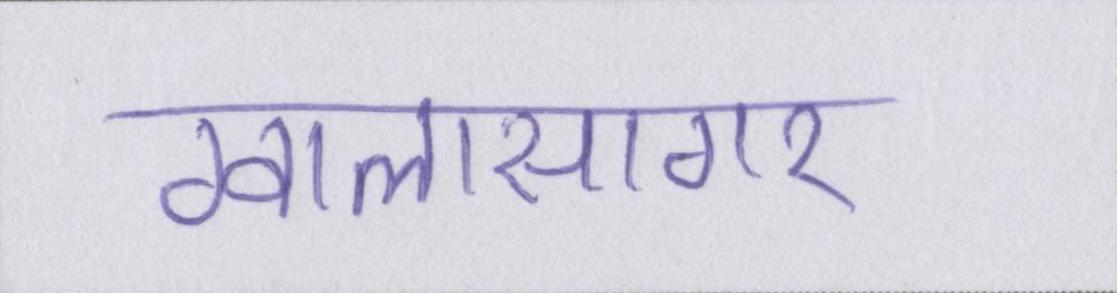
ग्वालासागर